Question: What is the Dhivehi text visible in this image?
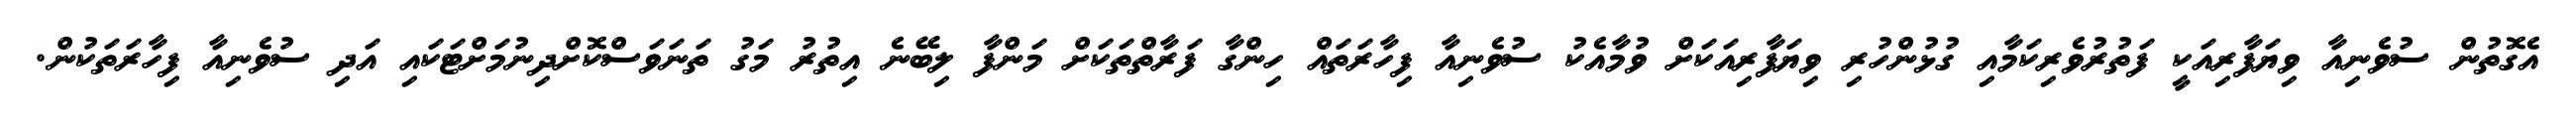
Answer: އެގޮތުން ސުވެނިއާ ވިޔަފާރިއަކީ ފަތުރުވެރިކަމާއި ގުޅުންހުރި ވިޔަފާރިއަކަށް ވުމާއެކު ސުވެނިއާ ފިހާރަތައް ހިންގާ ފަރާތްތަކަށް މަންފާ ލިބޭނެ އިތުރު މަގު ތަނަވަސްކޮށްދިނުމަށްޓަކައި އަދި ސުވެނިއާ ފިހާރަތަކުން.